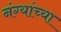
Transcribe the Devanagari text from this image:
नंग्यांच्या